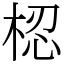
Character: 梕